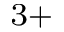
^ { 3 + }